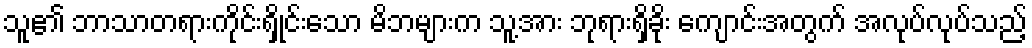
သူ၏ ဘာသာတရားကိုင်းရှိုင်းသော မိဘများက သူ့အား ဘုရားရှိခိုး ကျောင်းအတွက် အလုပ်လုပ်သည့်